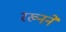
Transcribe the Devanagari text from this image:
रख्नने